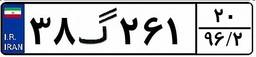
۹۰گ۴۴۵۷۹